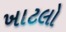
ખાટલો